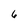
Character: 6